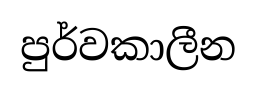
පුර්වකාලීන